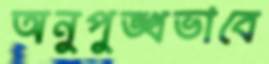
অনুপুঙ্খভাবে